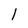
Character: 1